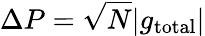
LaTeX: \Delta P=\sqrt{N}|g_{\mathrm{total}}|